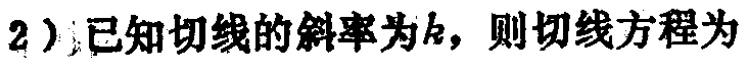
2）已知切线的斜率为\(k\)，则切线方程为